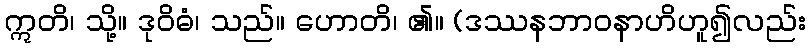
ဣတိ၊ သို့။ ဒုဝိဓံ၊ သည်။ ဟောတိ၊ ၏။ (ဒဿနဘာဝနာဟိဟူ၍လည်း